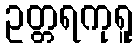
ဥတ္တရကုရူ